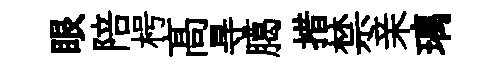
眼陪枵髙㝵臈措禁亲璃